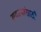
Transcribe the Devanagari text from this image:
सदस्यांसाठी